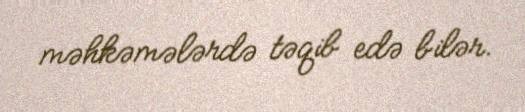
məhkəmələrdə təqib edə bilər.